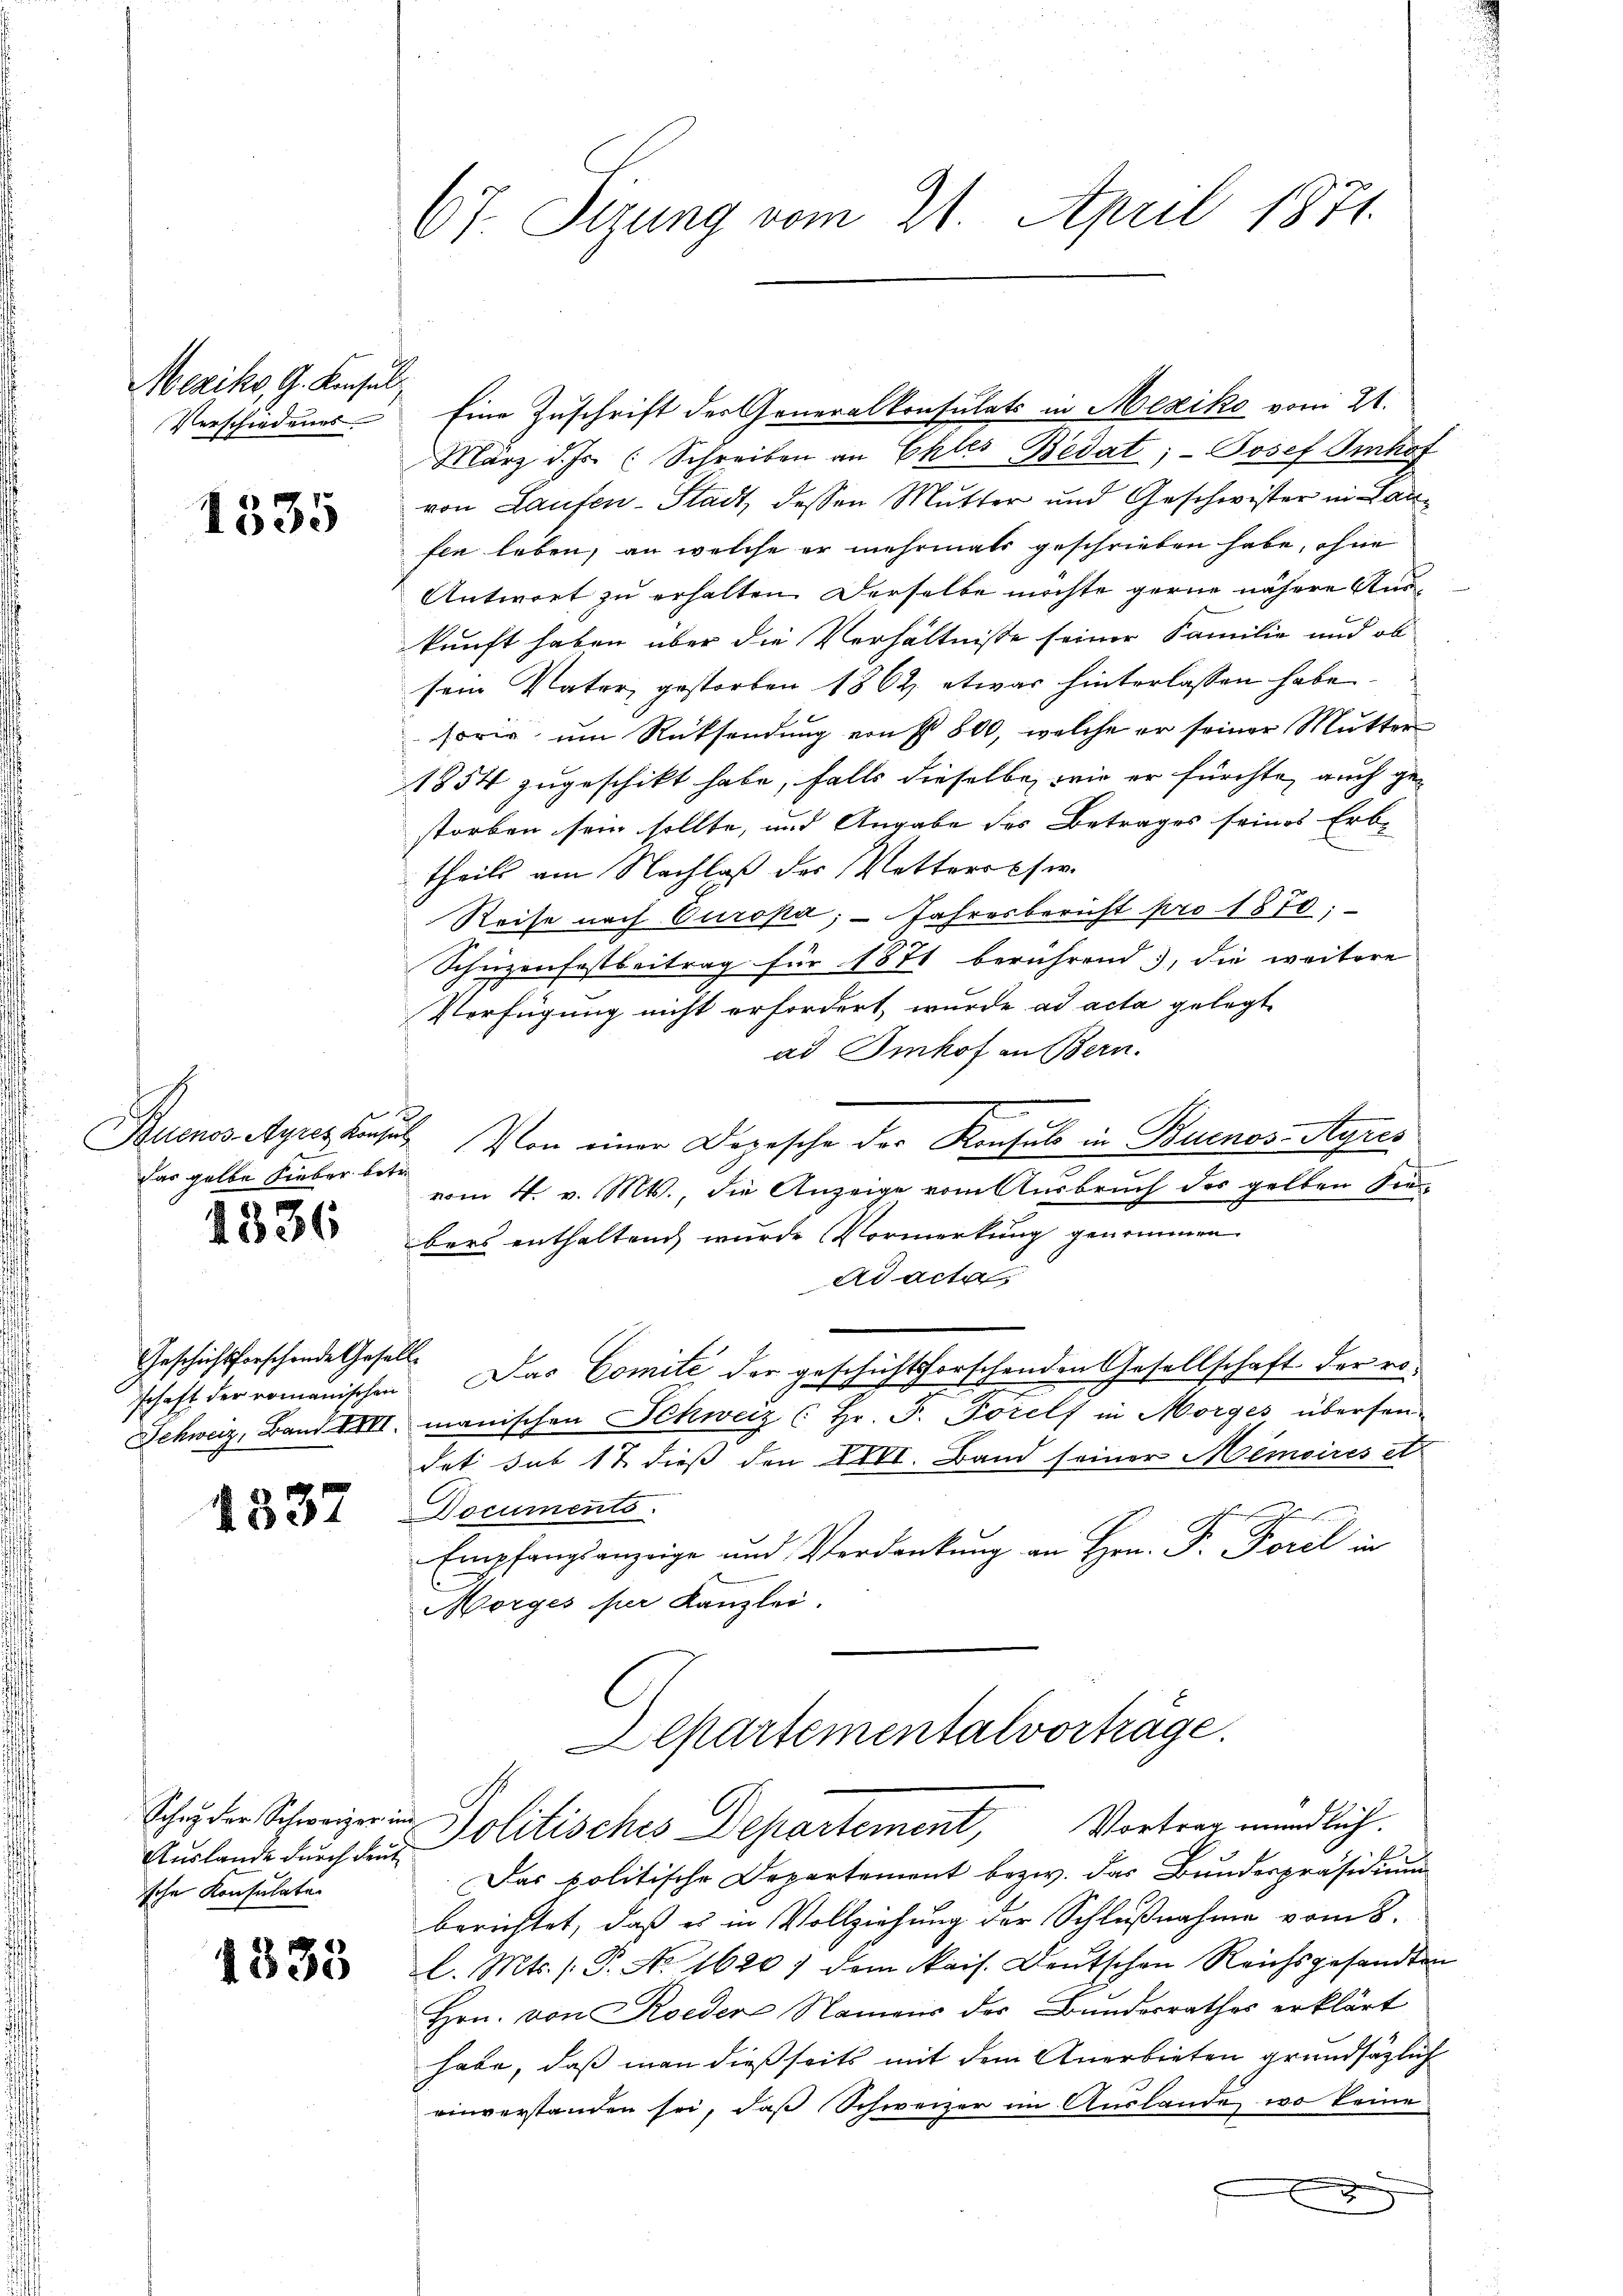
Mexiko, G. Konsul
Verschiedenes

1335

Buenos Ayres Konsu
Das gelbe Lieber betr.

4336

Geschichsforschende Gefäll
schaft der romanischen

1337

Auslande durch deut
sche Konsulatur

1333

67. Sizung vom 21. April 1871.

Eine Zuschrift der Generalkonsulats in Mexiko vom 21.
März d. Js. (Schreiben an Ehles Bedat;- Josef Imhof
von Laufen-Stadt, dessen Mutter und Geschwister in Lanfen leben, an welche er mehrmals geschrieben habe, ohne
Antwort zu erhalten. Derselbe möchte gerne nähere Auskunft haben über die Verhältnisse seiner Familie und ob
sein Vater, gestorben 1862, etwas hinterlassen habe
sorie um Rücksendung von § 800, welche er seiner Mutter
1854 zugeschikt habe, falls dieselbe, wie er fürchte, auch gestorben sein sollte, und Angabe des Betrages seines Erb-
theils am Nachlaß des Vetterscher
Reise nach Europa; - Jahresbericht pro 1870;
Schüzenfestbeitrag für 1871 berührend, die weitere
Verfügung nicht erfordert, wurde ad acta gelegt
ad Imhof an Bern.
2 Von einer Depesche der Konsul in Buenos-Ayres
vom 4. v. Mts., die Anzeige vom Ausbruch des gelben Sie
bers enthaltend wurde Vormerkung genommen.
Ad acta
Das Comite der geschichtsforschenden Gesellschaft der ro-
Schweiz, Band XXVI. manischen Schweiz (Hr. F. Forels in Morges übersen-
det sub 17 dieß den XXVI. Band seiner Memoires et
Documents
Empfangsanzeige und Verdankung an Hrn. F. Forel in
Morges für Kanzlei.
Lepartementalvorträge.
Scheder Schweizerin Politisches Departement, Vortrag mündlich.
Das politische Departement bezw. das Bundespräsidium
berichtet, daß es in Vollziehung der Schlußnahme vom 8.
l. Mts. (T. No 1620) dem kais. Deutschen Reichsgesandten
Hrn. von Roeder Namens der Bundesrathes erklärt
habe, daß man dießseits mit dem Anerbieten grundsätzlich
einverstanden sei, daß Schweizer im Auslande, wo keine
x